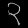
Digit: ၃